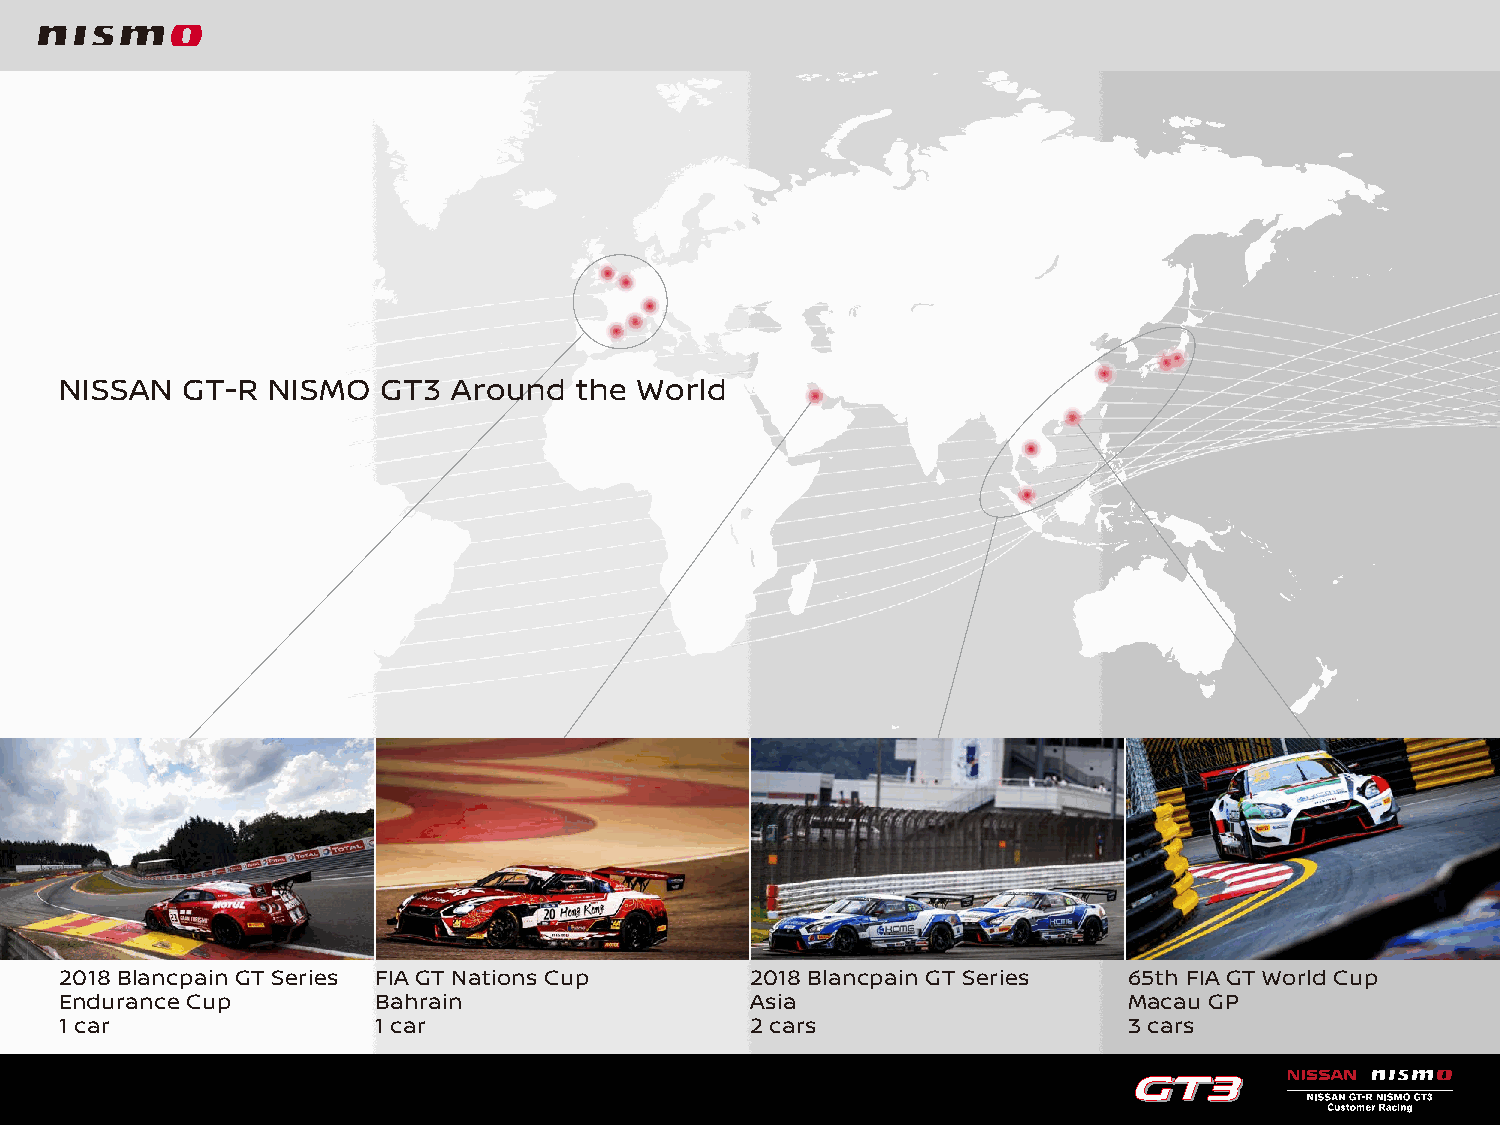
NISSAN  GT-R  NISMO  GT3  Around  the World
 2018 Blancpain GT Series FIA GT Nations Cup   2018 Blancpain GT Series 65th FIA GT World Cup
 Endurance Cup        Bahrain                  Asia                     Macau GP
 1 car                1 car                    2 cars                   3 cars